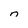
Character: n